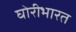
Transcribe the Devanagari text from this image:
घोरीभारत